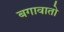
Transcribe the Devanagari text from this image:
बगावातो